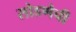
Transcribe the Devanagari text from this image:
सोडणेची